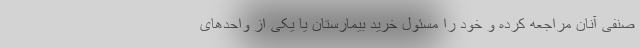
صنفی آنان مراجعه کرده و خود را مسئول خرید بیمارستان یا یکی از واحد‌های